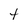
Character: t